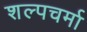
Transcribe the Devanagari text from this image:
शल्पचर्मा